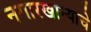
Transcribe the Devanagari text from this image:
नगारखान्याचे